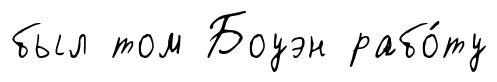
был том Боуэн рабо́ту